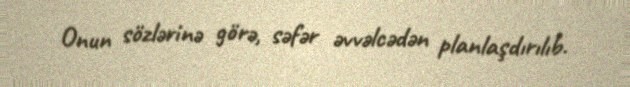
Onun sözlərinə görə, səfər əvvəlcədən planlaşdırılıb.